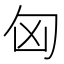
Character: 匈